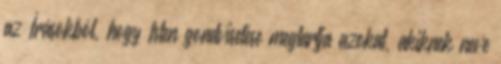
az Írásokból, hogy Isten gondviselése megtartja azokat, akiknek neve